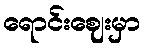
ရောင်းဈေးမှာ